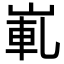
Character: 𡸲